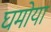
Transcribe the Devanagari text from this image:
घमोया